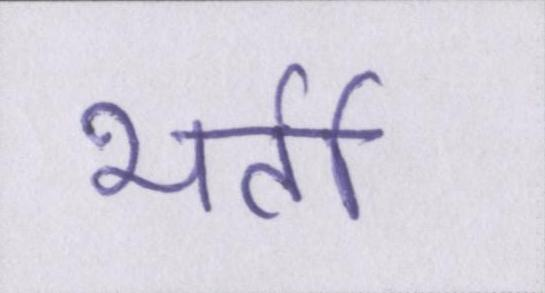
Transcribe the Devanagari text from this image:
भर्ती